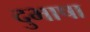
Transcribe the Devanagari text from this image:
दुभाषा